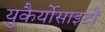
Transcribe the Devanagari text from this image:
युकैर्योसाइटों